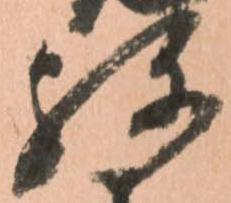
弥